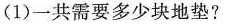
(1)一共需要多少块地垫?